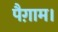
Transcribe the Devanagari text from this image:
पैग़ाम।